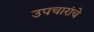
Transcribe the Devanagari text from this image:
उपचारांचे